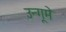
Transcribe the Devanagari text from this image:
उन्गूमे